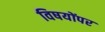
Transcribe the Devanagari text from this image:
विषयोंपर